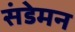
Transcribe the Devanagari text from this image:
संडेमन